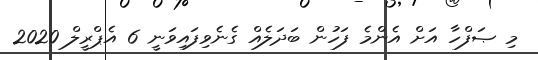
މި ޞަފްހާ އަށް އެންމެ ފަހުން ބަދަލެއް ގެނެވިފައިވަނީ 6 އެޕްރީލް 2020